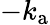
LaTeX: -k_{\mathrm{a}}